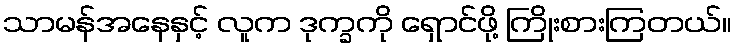
သာမန်အနေနှင့် လူက ဒုက္ခကို ရှောင်ဖို့ ကြိုးစားကြတယ်။